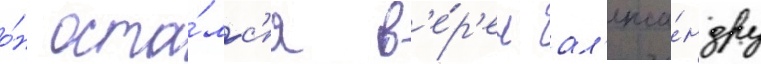
о́н оста́лс'я в'е́р'ен ал'екса́ндру